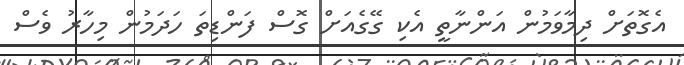
އެގޮތަށް ދިމާވަމުން އަންނާތީ އެކި ގޭގެއަށް ގޮސް ފަންޑިތަ ހަދަމުން މިހާރު ވެސް